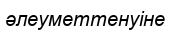
әлеуметтенуіне